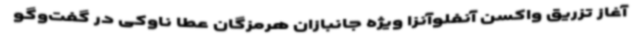
آغاز تزریق واکسن آنفلوآنزا ویژه جانبازان هرمزگان عطا ناوکی در گفت‌وگو